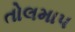
તોલમાપ